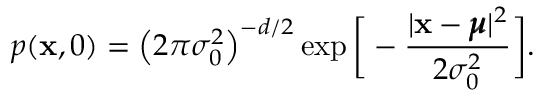
p ( \mathbf x , 0 ) = \left( 2 \pi \sigma _ { 0 } ^ { 2 } \right) ^ { - d / 2 } \exp \bigg [ - \frac { | \mathbf x - \pmb \mu | ^ { 2 } } { 2 \sigma _ { 0 } ^ { 2 } } \bigg ] .